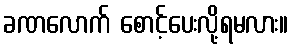
ခဏလောက် စောင့်ပေးလို့ရမလား။